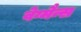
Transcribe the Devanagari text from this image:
वेग्मैन्स